Scientific memoirs by medical officers of the Army of India - Part XI,
Year: 1898
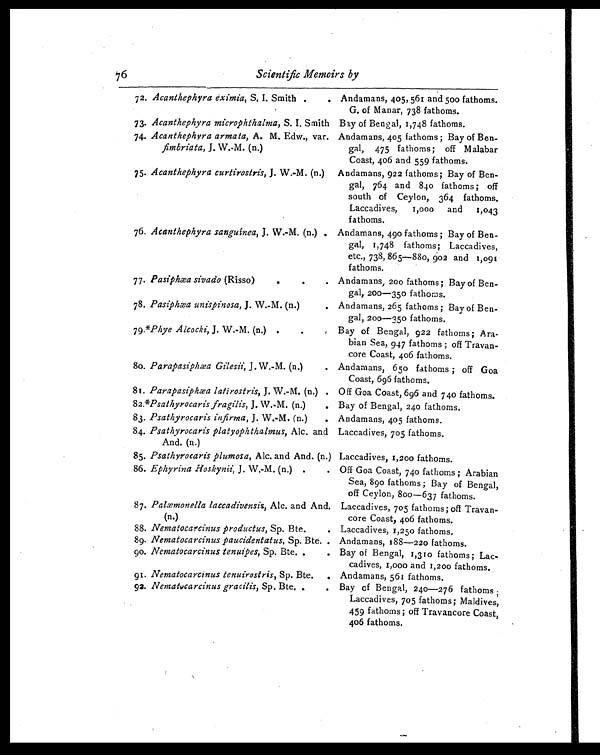
76
Scientific Memoirs by
72. Acanthephyra eximia, S. I. Smith . .
73. Acanthephyra microphthalma, S. Smith
74. Acanthephyra armata, A. M. Edw., var.
fimbriata, J. W.-M. (n.)
75. Acanthephyra curtirostris, J. W.-M. (n.)
76. Acanthephyra sanguinea, J. W.-M. (n.)
.
77.
Pasiphæa sivado (Risso) . . .
78. Pasiphæa unispinosa, J. W.-M. (n.) .
79 .*Phye Alcocki, J. W.-M. (n.) . . .
80. Parapasiphæa Gilesii, J.W.-M. (n.) .
81 Parapasiphæa latirostris, J. W.-M. (n.)
.
82.*Psathyrocaris fragilis, J. W.-M. (n.) .
83.
Psathyrocaris infirma, J. W.-M. (n.) .
84.
Psathyrocaris platyophthalmus, Alc. and
And. (n.)
85. Psathyrocaris plumosa, Alc. and And. (n.)
86.
Ephyrina Hoskynii, J. W.-M. (n.) .
87.
Palæmonella laccadivensis, Alc. and And.
(n.)
88.
Nematocarcinus productus, Sp. Bte.
89. Nematocarcinus paucidentatus, Sp. Bte.
90.
Nematocarcinus tenuipes, Sp. Bte. .
91. Nematocarcinus tenuirostris, Sp. Bte. .
92. Nematocarcinus gracilis, Sp. Bte. . .
Andamans, 405, 561 and 500 fathoms.
G. of Manar, 738 fathoms.
Bay of Bengal, 1,748 fathoms.
Andamans, 405 fathoms ; Bay of Ben
-gal, 475 fathoms ; off Malabar
Coast, 406 and 559 fathoms.
Andamans, 922 fathoms ; Bay of Ben
-gal, 764 and 84o fathoms ; off
south of Ceylon, 364 fathoms.
Laccadives, 1,000 and 1,043
fathoms.
Andamans, 490 fathoms ; Bay of Ben
-gal, 1,748 fathoms; Laccadives,
etc., 738, 865—880, 902 and 1,091
fathoms.
Andamans, 200 fathoms; Bay of Ben
-gal, 200—350 fathoms.
Andamans, 265 fathoms ; Bay of Ben
-gal, 200—350 fathoms.
Bay of Bengal, 922 fathoms ; Ara-
bian Sea, 947 fathoms ; off Travan-
core Coast, 406 fathoms.
Andamans, 650 fathoms ; off Goa
Coast, 696 fathoms.
Off Goa Coast, 696 and 740 fathoms.
Bay of Bengal, 240 fathoms.
Andamans, 405 fathoms.
Laccadives, 705 fathoms.
Laccadives, 1,200 fathoms.
Off Goa Coast, 740 fathoms ; Arabian
Sea, 890 fathoms ; Bay of Bengal,
off Ceylon, 800—637 fathoms.
Laccadives, 705 fathoms ; off Travan
-core Coast, 406 fathoms.
Laccadives, 1,250 fathoms.
Andamans, 188—220 fathoms.
Bay of Bengal, 1,310 fathoms ; Lac
-cadives, 1,000 and 1,200 fathoms.
Andamans, 561 fathoms.
Bay of Bengal, 240—276 fathoms ;
Laccadives, 705 fathoms; Maldives,
459 fathoms ; off Travancore Coast,
406 fathoms.